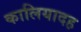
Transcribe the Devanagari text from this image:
कालियादह